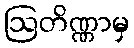
ဩတိဏ္ဏာမှ